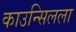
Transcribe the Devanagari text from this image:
काउन्सिलला